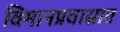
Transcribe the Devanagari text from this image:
विमानप्रवासात